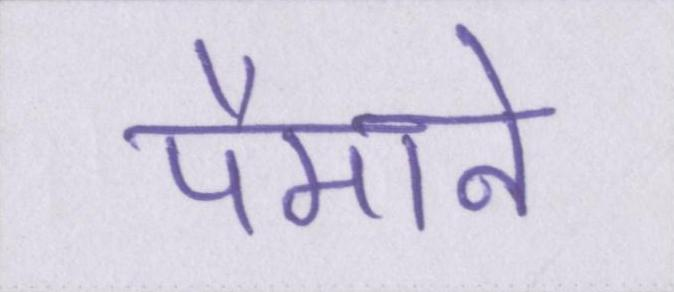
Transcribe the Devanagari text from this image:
पैमाने